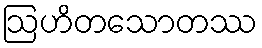
ဩဟိတသောတဿ